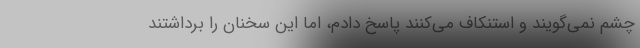
چشم نمی‌گویند و استنکاف می‌کنند پاسخ دادم، اما این سخنان را برداشتند